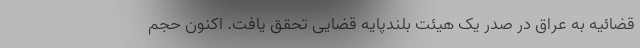
قضائیه به عراق در صدر یک هیئت بلندپایه قضایی تحقق یافت. اکنون حجم